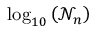
\log _ { 1 0 } \left( \mathscr { N } _ { n } \right)